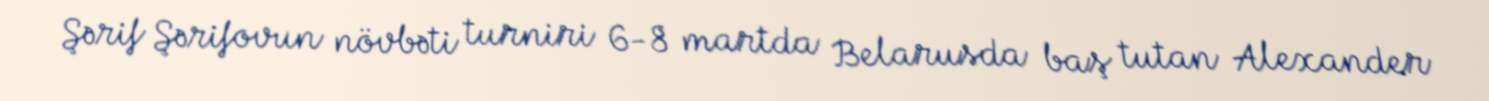
Şərif Şərifovun növbəti turniri 6-8 martda Belarusda baş tutan Alexander